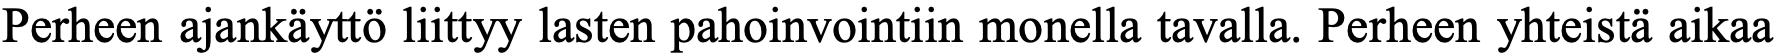
Perheen ajankäyttö liittyy lasten pahoinvointiin monella tavalla. Perheen yhteistä aikaa